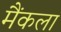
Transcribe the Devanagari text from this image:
मैंकला